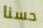
حسنا